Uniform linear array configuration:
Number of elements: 4
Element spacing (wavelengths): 0.5
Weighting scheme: hamming
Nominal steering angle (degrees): -45
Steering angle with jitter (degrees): -44.154
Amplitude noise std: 0.05
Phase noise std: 0.05

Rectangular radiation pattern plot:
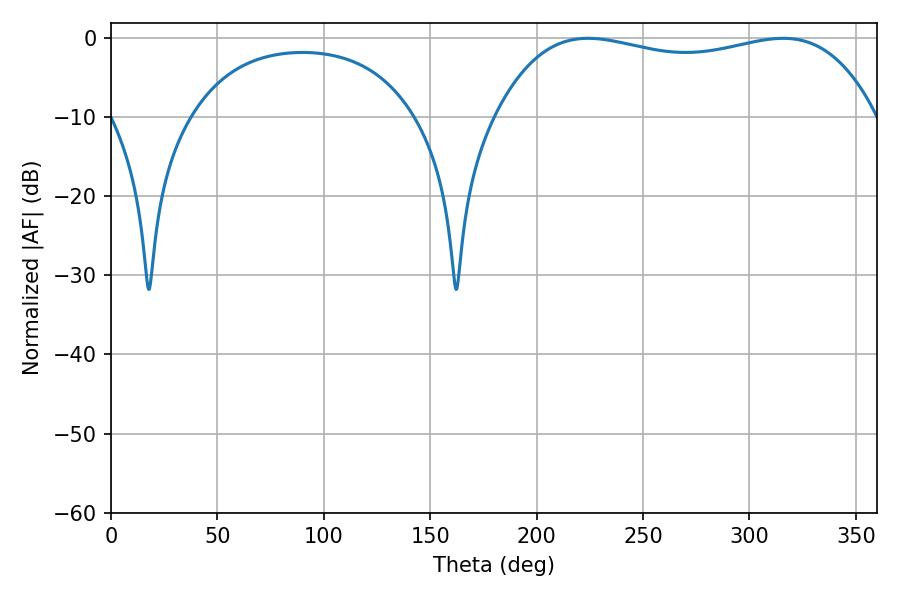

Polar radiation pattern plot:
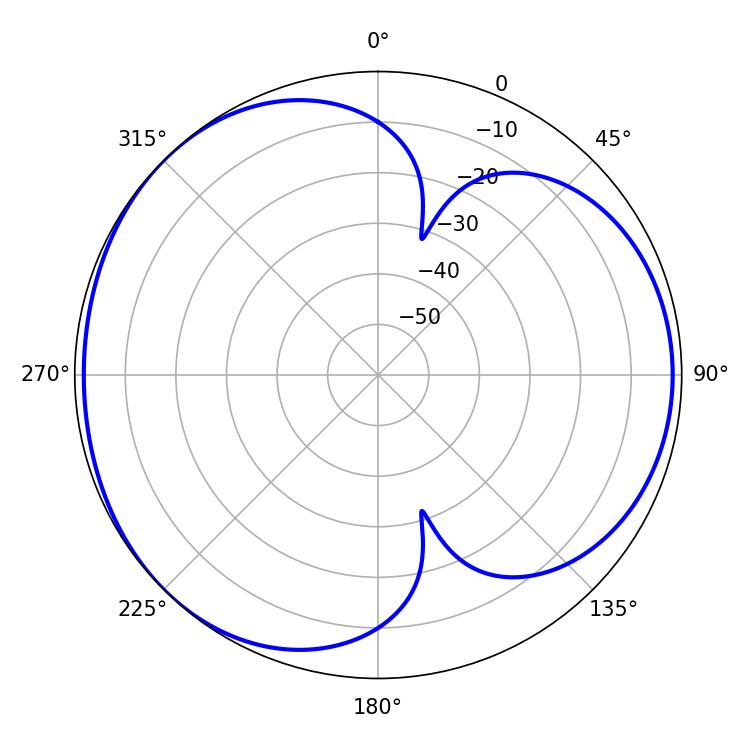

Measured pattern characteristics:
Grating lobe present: FALSE
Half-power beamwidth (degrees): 144.36
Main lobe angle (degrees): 224.1